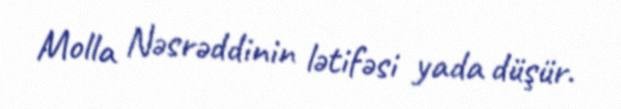
Molla Nəsrəddinin lətifəsi yada düşür.